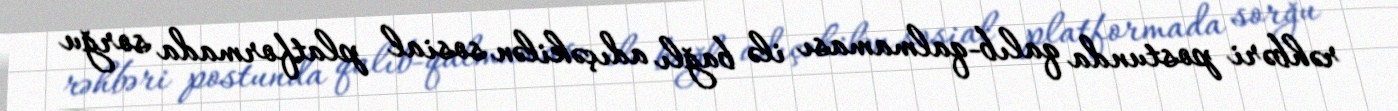
rəhbəri postunda qalıb-qalmaması ilə bağlı adıçəkilən sosial platformada sorğu